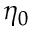
\eta _ { 0 }